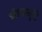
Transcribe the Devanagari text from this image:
जीवनस्मृति